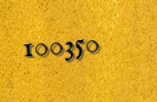
100350